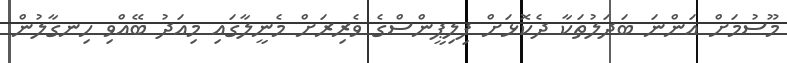
މޫސުމަށް އަންނަ ބަދަލުތަކާ ދެކޮޅަށް ފިލިޕީންސްގެ ވެރިރަށް މެނީލާގައި މިއަދު ބޭއްވި ހިނގާލުން